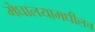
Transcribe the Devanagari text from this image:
मेघालयामधीलच